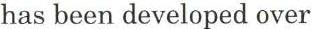
has been developed over